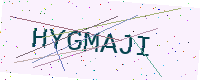
Text: HYGMAJI